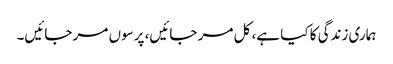
ہماری زندگی کا کیا ہے، کل مر جائیں، پرسوں مر جائیں۔